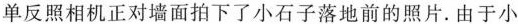
单反照相机正对墙面拍下了小石子落地前的照片.由于小